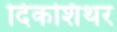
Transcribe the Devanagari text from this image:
दिकशिथर